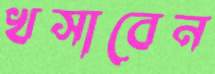
খসাবেন